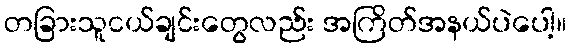
တခြားသူငယ်ချင်းတွေလည်း အကြိတ်အနယ်ပဲပေါ့။